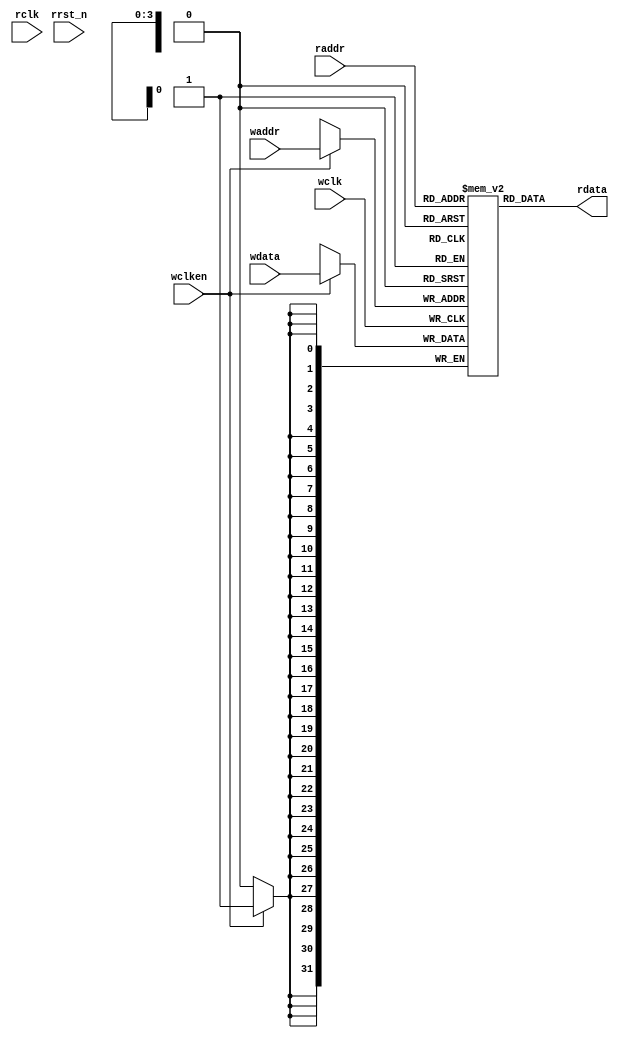
`timescale 1ns / 1ps
//////////////////////////////////////////////////////////////////////////////////
// 
// Design Name: FIFO memory
// Module Name: FIFO_MEM
// Project Name: Asynchronous FIFO
// Target Devices: 
// Tool Versions: Synopsys VCS 2020.3
// Description:  
//      simple dual port sram in the Asynchronous FIFO. One is sychronized write port with wclk, another is asynchronous read port.
// Dependencies: 
// 
// Revision: 
// Revision 0.01 - File Created
// Additional Comments:
// 
//////////////////////////////////////////////////////////////////////////////////

module FIFO_MEM #(
    parameter DATA_WIDTH = 32
)(
    // write port
    input wclk,
    input wclken,
    input [3:0] waddr,
    input [DATA_WIDTH-1:0] wdata,
    //read port
    input rclk,
    input rrst_n,
    input [3:0] raddr,
    output [DATA_WIDTH-1:0] rdata
); 
    reg [DATA_WIDTH-1:0] MEM [15:0];

    always @(posedge wclk) begin
        if (wclken) begin
            MEM[waddr] <= wdata;
        end
    end
             
   assign   rdata = MEM[raddr];

endmodule